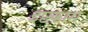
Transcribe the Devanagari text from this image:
इष्टकाम